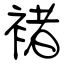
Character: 褚